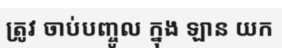
ត្រូវ ចាប់បញ្ចូល ក្នុង ឡាន យក